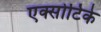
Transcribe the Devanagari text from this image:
एक्सोटिके